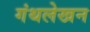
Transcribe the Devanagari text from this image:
गंथलेखन